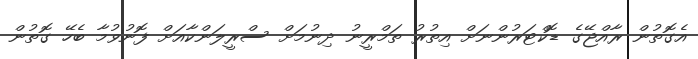
އެގޮތުން ރާއްޖޭގެ ޑޮކްޓަރުންނަށް އިތުރު ތަމްރީނު ދިނުމަށް ސްރީލަންކާއަށް ފޮނުވުމާ ބެހޭ ގޮތުން